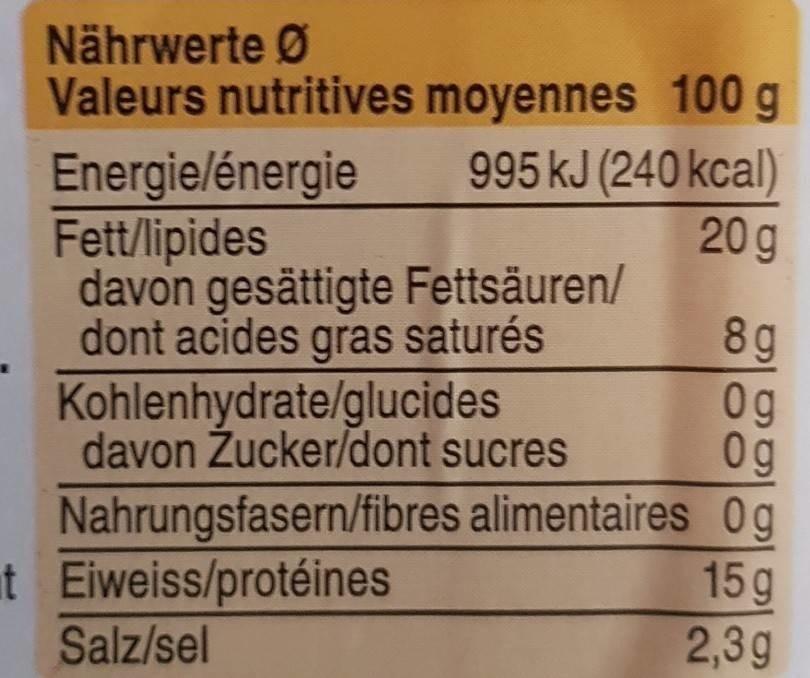
Nährwerte Ø Valeurs nutritives moyennes 100 g
Energie/énergie Fett/lipides davon gesättigte Fettsäuren/ dont acides gras saturés
995 kJ (240 kcal) 20 g
8g 0g 0g Nahrungsfasern/fibres alimentaires 0g 15g 2,3g
Kohlenhydrate/glucides davon Žucker/dont sucres
at Eiweiss/protéines
Salz/sel